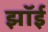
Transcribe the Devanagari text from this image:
झॉई